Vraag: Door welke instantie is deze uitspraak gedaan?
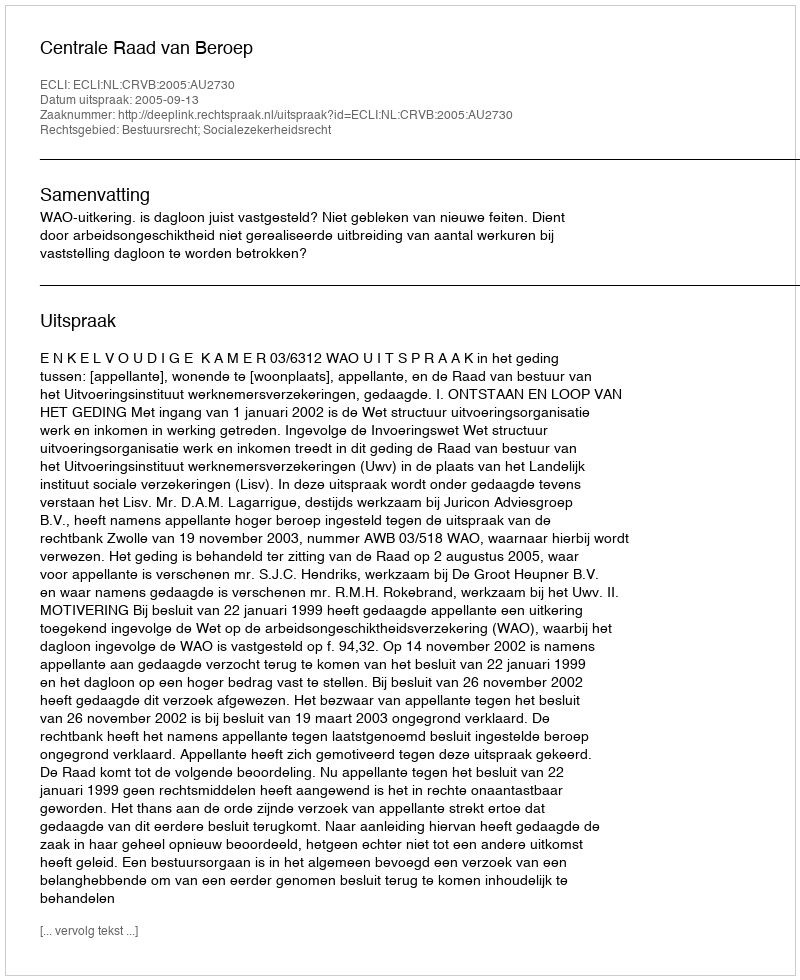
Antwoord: Centrale Raad van Beroep